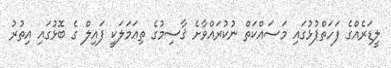
ލީޑަރެއްގެ ފަހަތްޕުޅުގައި މަސައްކަތް ނުކުރައްވާށެ ޤާސިމުގެ ތިޢަމަލަކީ ފައިލް ގެ ބޮޅުގައި އިތުރު